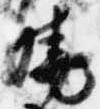
暁